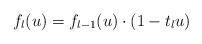
LaTeX: \begin{align*} f_l(u)= f_{l-1}(u)\cdot (1-t_l u)\end{align*}